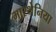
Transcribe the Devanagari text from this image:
मास्थेनिया